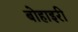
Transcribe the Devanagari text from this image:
बोहाइरी